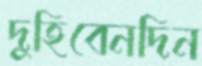
দুহিবেনদিন